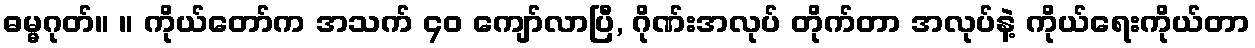
ဓမ္မဂုတ်။ ။ ကိုယ်တော်က အသက် ၄၀ ကျော်လာပြီ, ဂိုဏ်းအလုပ် တိုက်တာ အလုပ်နဲ့ ကိုယ်ရေးကိုယ်တာ